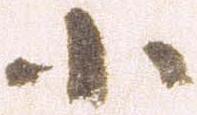
小